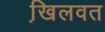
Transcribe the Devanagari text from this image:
खि़लवत